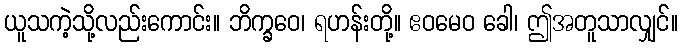
ယူသကဲ့သို့လည်းကောင်း။ ဘိက္ခဝေ၊ ရဟန်းတို့။ ဧဝမေဝ ခေါ၊ ဤအတူသာလျှင်။